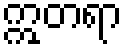
ဣတရာ